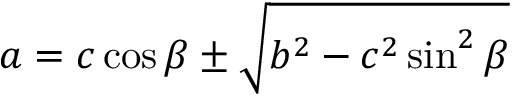
a = c \cos \beta \pm { \sqrt { b ^ { 2 } - c ^ { 2 } \sin ^ { 2 } \beta } }